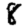
Digit: 8